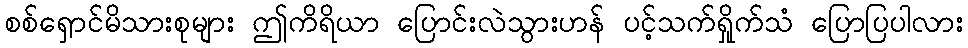
စစ်ရှောင်မိသားစုများ ဤကိရိယာ ပြောင်းလဲသွားဟန် ပင့်သက်ရှိုက်သံ ပြောပြပါလား